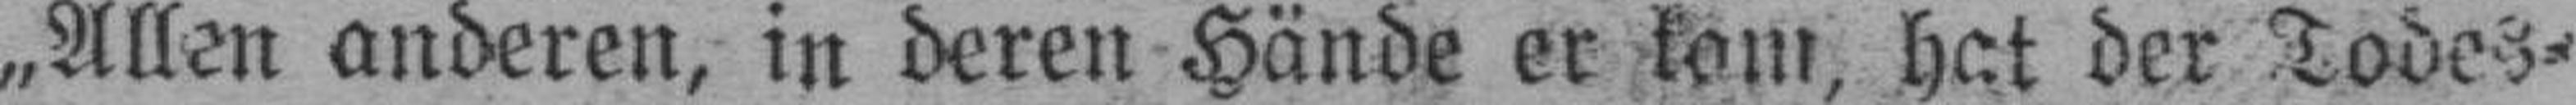
„Allen anderen, in deren Hände er kam, hat der Todes¬